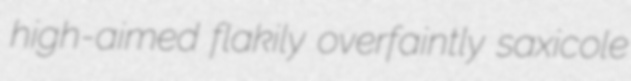
high-aimed flakily overfaintly saxicole